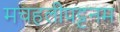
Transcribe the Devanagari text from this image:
मचहलीपट्टनम